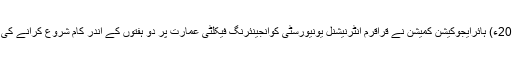
06 دسمبر2018ء) ہائرایجوکیشن کمیشن نے قراقرم انٹرنیشنل یونیورسٹی کوانجینئرنگ فیکلٹی عمارت پر دو ہفتوں کے اندر کام شروع کرانے کی مہلت دی ہے۔